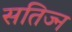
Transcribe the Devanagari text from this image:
सतिज्न